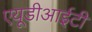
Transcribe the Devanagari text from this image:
एयूडीआईटी